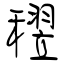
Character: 𥡪